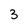
Character: 3